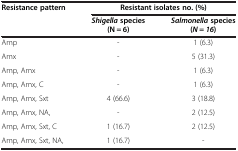
<table><thead><tr><td><b>Resistance pattern</b></td><td colspan="2"><b>Resistant isolates no. (%)</b></td></tr><tr><td><b> </b></td><td><b><i>Shigella</i>species (N = 6)</b></td><td><b><i>Salmonella</i>species (<i>N</i> = <i>16</i>)</b></td></tr></thead><tbody><tr><td>Amp</td><td>-</td><td>1 (6.3)</td></tr><tr><td>Amx</td><td>-</td><td>5 (31.3)</td></tr><tr><td>Amp, Amx</td><td>-</td><td>1 (6.3)</td></tr><tr><td>Amp, Amx, C</td><td>-</td><td>1 (6.3)</td></tr><tr><td>Amp, Amx, Sxt</td><td>4 (66.6)</td><td>3 (18.8)</td></tr><tr><td>Amp, Amx, NA,</td><td>-</td><td>2 (12.5)</td></tr><tr><td>Amp, Amx, Sxt, C</td><td>1 (16.7)</td><td>2 (12.5)</td></tr><tr><td>Amp, Amx, Sxt, NA,</td><td>1 (16.7)</td><td>-</td></tr></tbody></table>